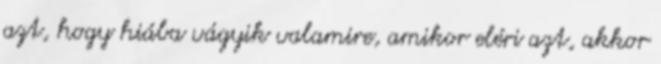
azt, hogy hiába vágyik valamire, amikor eléri azt, akkor